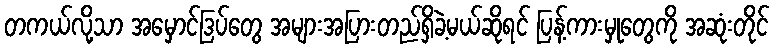
တကယ်လို့သာ အမှောင်ဒြပ်တွေ အများအပြားတည်ရှိခဲ့မယ်ဆိုရင် ပြန့်ကားမှုတွေကို အဆုံးတိုင်